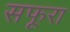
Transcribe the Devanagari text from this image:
सफूरा